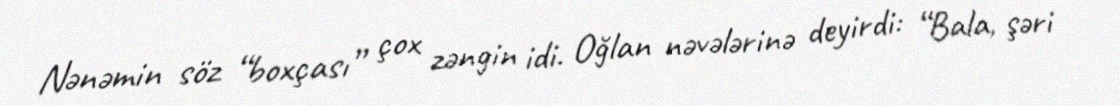
Nənəmin söz “boxçası” çox zəngin idi. Oğlan nəvələrinə deyirdi: “Bala, şəri